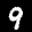
Label: 9